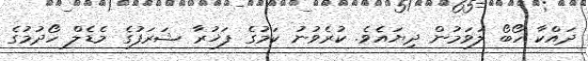
ދައްކާ ހޯބޯ ލަވަމުން ދިޔައެވެ. ކުރެވުނު ކަމުގެ ފަޚުރާ ޝަރަފުގެ މެޑެލް ހޯދުމުގެ